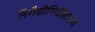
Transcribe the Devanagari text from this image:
निरौद्यौगिकीकरण